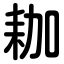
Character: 耞